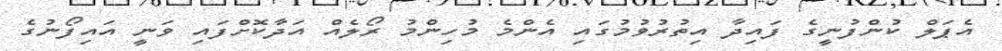
އެޕަލް ކުންފުނީގެ ފައިދާ އިތުރުވުމުގައި އެންމެ މުހިންމު ރޯލެއް އަދާކޮށްފައި ވަނީ އައިފޯނުގެ